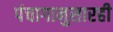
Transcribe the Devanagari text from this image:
पंचागानुसारही